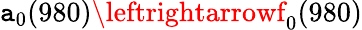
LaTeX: \mathtt{a}_{0}(980)\leftrightarrowf_{0}(980)